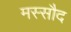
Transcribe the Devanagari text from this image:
मस्सौद